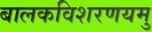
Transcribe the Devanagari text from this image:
बालकविशरणयमु